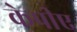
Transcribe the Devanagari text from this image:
केपीए